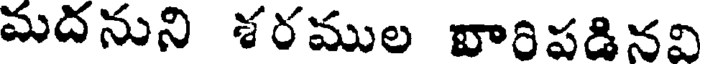
మదనుని శరముల వారిపడినవి